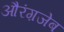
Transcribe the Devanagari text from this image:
औरंग़जेब